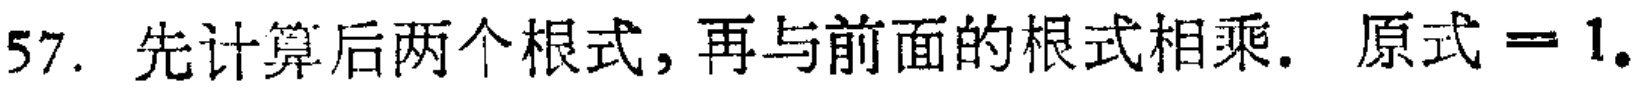
57. 先计算后两个根式，再与前面的根式相乘. 原式$ = 1.$